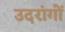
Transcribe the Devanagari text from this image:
उदरांगों